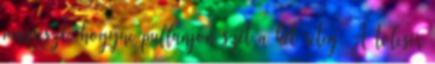
másrészt, hogyne puffanjon szét a két réteg. A tölcsér